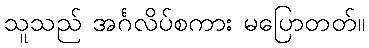
သူသည် အင်္ဂလိပ်စကား မပြောတတ်။